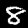
Digit: 8